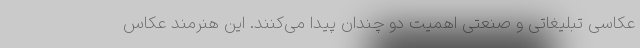
عکاسی تبلیغاتی و صنعتی اهمیت دو چندان پیدا می‌کنند. این هنرمند عکاس